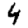
Digit: 4